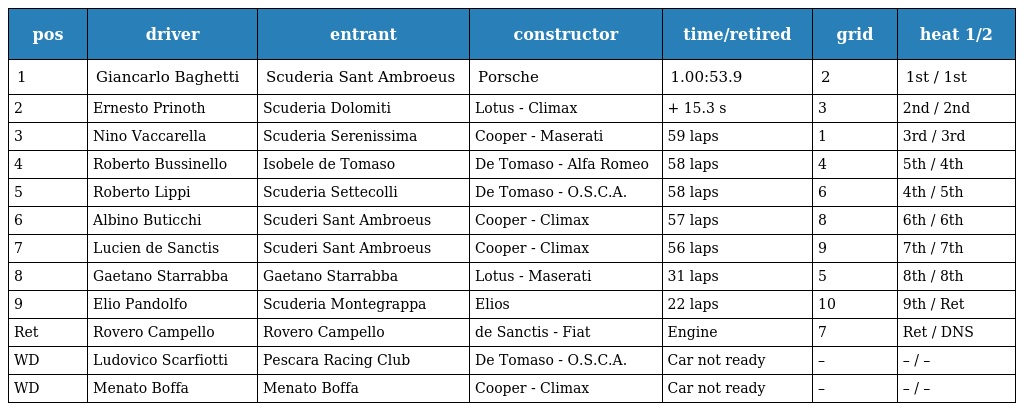
| pos | driver | entrant | constructor | time/retired | grid | heat 1/2 |
 | --- | --- | --- | --- | --- | --- | --- |
 | 1 | Giancarlo Baghetti | Scuderia Sant Ambroeus | Porsche | 1.00:53.9 | 2 | 1st / 1st |
 | 2 | Ernesto Prinoth | Scuderia Dolomiti | Lotus - Climax | + 15.3 s | 3 | 2nd / 2nd |
 | 3 | Nino Vaccarella | Scuderia Serenissima | Cooper - Maserati | 59 laps | 1 | 3rd / 3rd |
 | 4 | Roberto Bussinello | Isobele de Tomaso | De Tomaso - Alfa Romeo | 58 laps | 4 | 5th / 4th |
 | 5 | Roberto Lippi | Scuderia Settecolli | De Tomaso - O.S.C.A. | 58 laps | 6 | 4th / 5th |
 | 6 | Albino Buticchi | Scuderi Sant Ambroeus | Cooper - Climax | 57 laps | 8 | 6th / 6th |
 | 7 | Lucien de Sanctis | Scuderi Sant Ambroeus | Cooper - Climax | 56 laps | 9 | 7th / 7th |
 | 8 | Gaetano Starrabba | Gaetano Starrabba | Lotus - Maserati | 31 laps | 5 | 8th / 8th |
 | 9 | Elio Pandolfo | Scuderia Montegrappa | Elios | 22 laps | 10 | 9th / Ret |
 | Ret | Rovero Campello | Rovero Campello | de Sanctis - Fiat | Engine | 7 | Ret / DNS |
 | WD | Ludovico Scarfiotti | Pescara Racing Club | De Tomaso - O.S.C.A. | Car not ready | – | – / – |
 | WD | Menato Boffa | Menato Boffa | Cooper - Climax | Car not ready | – | – / – |